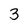
Character: 3